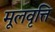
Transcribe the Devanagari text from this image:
मूलवृत्ति